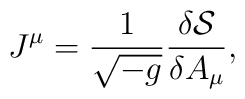
J^{\mu} = \frac{1}{\sqrt{-g}} \frac{\delta {\cal S}}{\delta A_{\mu}},